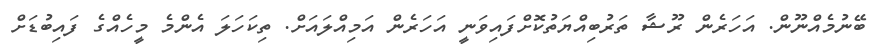
ބޭނުމެއްނޫން. އަހަރެން ރޫޝާ ތަރުބިއްޔަތުކޮށްފައިވަނީ އަހަރެން އަމިއްލައަށް. ތިކަހަލަ އެންމެ މީހެއްގެ ފައިބުޑަށް